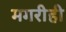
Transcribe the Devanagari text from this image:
मगरीही